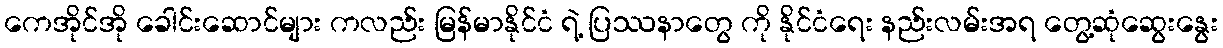
ကေအိုင်အို ခေါင်းဆောင်များ ကလည်း မြန်မာနိုင်ငံ ရဲ့ ပြဿနာတွေ ကို နိုင်ငံရေး နည်းလမ်းအရ တွေ့ဆုံဆွေးနွေး